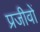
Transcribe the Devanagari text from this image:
प्रजीवों